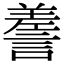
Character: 𧪰